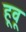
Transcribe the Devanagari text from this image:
हूवू